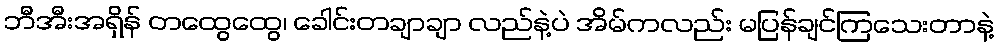
ဘီအီးအရှိန် တထွေထွေ၊ ခေါင်းတချာချာ လည်နဲ့ပဲ အိမ်ကလည်း မပြန်ချင်ကြသေးတာနဲ့